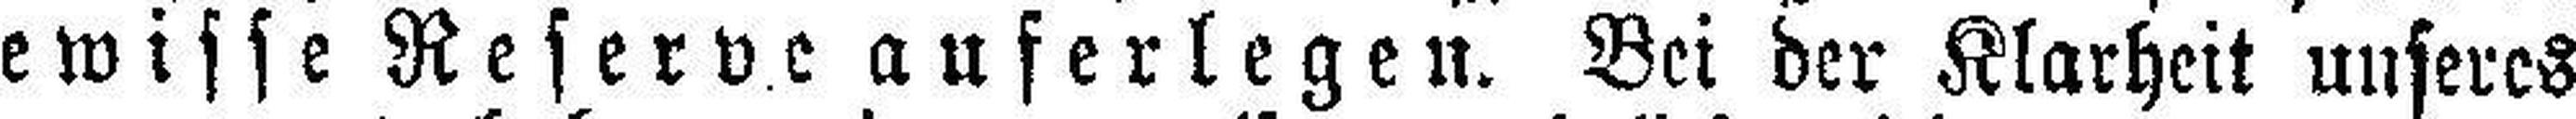
gewisse Reserve auferlegen. Bei der Klarheit unseres